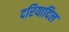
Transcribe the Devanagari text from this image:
दरियादिल